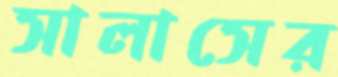
সালাসের